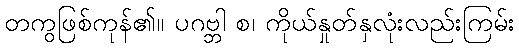
တကွဖြစ်ကုန်၏။ ပဂဗ္ဘါ စ၊ ကိုယ်နှုတ်နှလုံးလည်းကြမ်း